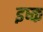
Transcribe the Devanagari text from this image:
इष्क